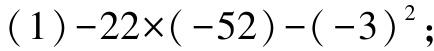
\((1)-22\times(-52)-(-3)^{2}\)